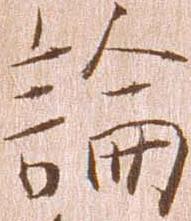
論